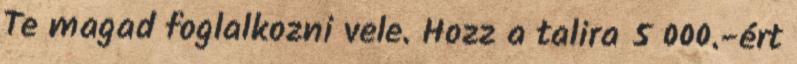
Te magad foglalkozni vele. Hozz a talira 5 000.-ért